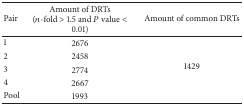
| Pair | Amount of DRTs (n-fold > 1.5 and P value < 0.01) | Amount of common DRTs |
 | --- | --- | --- |
 | 1 | 2676 | <ROWSPAN=5> 1429 |
 | 2 | 2458 |
 | 3 | 2774 |
 | 4 | 2667 |
 | Pool | 1993 |